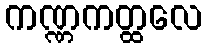
ကဏ္ဏကတ္ထလေ